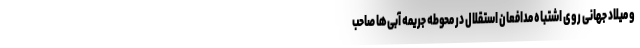
و میلاد جهانی روی اشتباه مدافعان استقلال در محوطه جریمه آبی‌ها صاحب